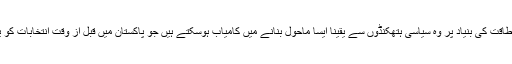
اس اخلاقی طاقت کی بنیاد پر وہ سیاسی ہتھکنڈوں سے یقینا ایسا ماحول بنانے میں کامیاب ہوسکتے ہیں جو پاکستان میں قبل از وقت انتخابات کو یقینی بنائیں۔